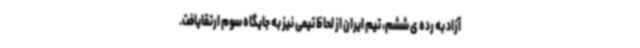
آزاد به رده ی ششم، تیم ایران از لحاظ تیمی نیز به جایگاه سوم ارتقایافت.